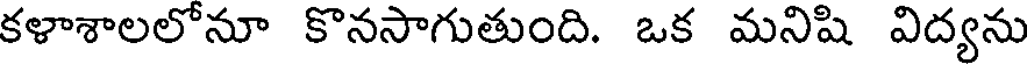
కళాశాలలోనూ కొనసాగుతుంది. ఒక మనిషి విద్యను